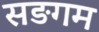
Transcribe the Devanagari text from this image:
सङगम